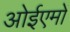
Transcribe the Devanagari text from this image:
ओईएमों